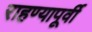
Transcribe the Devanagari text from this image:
राहण्यापूर्वी